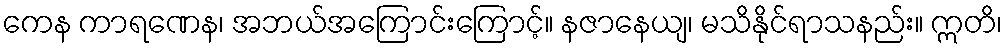
ကေန ကာရဏေန၊ အဘယ်အကြောင်းကြောင့်။ နဇာနေယျ၊ မသိနိုင်ရာသနည်း။ ဣတိ၊